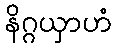
နိဂ္ဂယှာဟံ